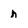
Character: n